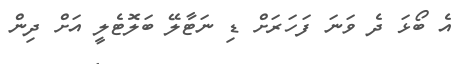
އެ ބޯޅަ ދެ ވަނަ ފަހަރަށް ޑި ނަޓާލޭ ބަލޮޓެލީ އަށް ދިން